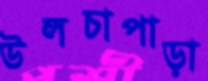
উলচাপাড়া